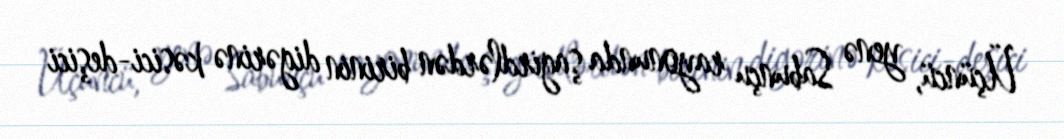
Üçüncü, yenə Sabunçu rayonunda şagirdlərdən birinin digərinə kəsici-deşici